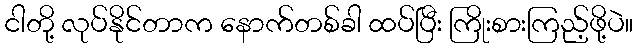
ငါတို့ လုပ်နိုင်တာက နောက်တစ်ခါ ထပ်ပြီး ကြိုးစားကြည့်ဖို့ပဲ။